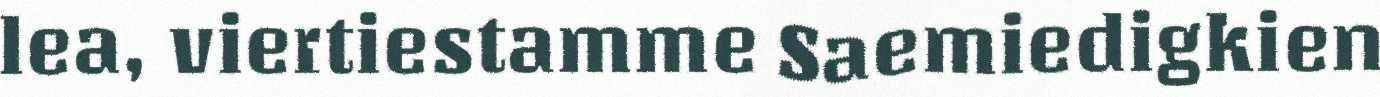
lea, viertiestamme Saemiedigkien